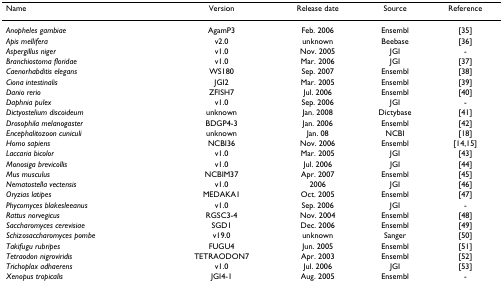
<table><thead><tr><td><b>Name</b></td><td><b>Version</b></td><td><b>Release date</b></td><td><b>Source</b></td><td><b>Reference</b></td></tr></thead><tbody><tr><td><i>Anopheles gambiae</i></td><td>AgamP3</td><td>Feb. 2006</td><td>Ensembl</td><td>[35]</td></tr><tr><td><i>Apis mellifera</i></td><td>v2.0</td><td>unknown</td><td>Beebase</td><td>[36]</td></tr><tr><td><i>Aspergillus niger</i></td><td>v1.0</td><td>Nov. 2005</td><td>JGI</td><td>-</td></tr><tr><td><i>Branchiostoma floridae</i></td><td>v1.0</td><td>Mar. 2006</td><td>JGI</td><td>[37]</td></tr><tr><td><i>Caenorhabditis elegans</i></td><td>WS180</td><td>Sep. 2007</td><td>Ensembl</td><td>[38]</td></tr><tr><td><i>Ciona intestinalis</i></td><td>JGI2</td><td>Mar. 2005</td><td>Ensembl</td><td>[39]</td></tr><tr><td><i>Danio rerio</i></td><td>ZFISH7</td><td>Jul. 2006</td><td>Ensembl</td><td>[40]</td></tr><tr><td><i>Daphnia pulex</i></td><td>v1.0</td><td>Sep. 2006</td><td>JGI</td><td>-</td></tr><tr><td><i>Dictyostelium discoideum</i></td><td>unknown</td><td>Jan. 2008</td><td>Dictybase</td><td>[41]</td></tr><tr><td><i>Drosophila melanogaster</i></td><td>BDGP4-3</td><td>Jan. 2006</td><td>Ensembl</td><td>[42]</td></tr><tr><td><i>Encephalitozoon cuniculi</i></td><td>unknown</td><td>Jan. 08</td><td>NCBI</td><td>[18]</td></tr><tr><td><i>Homo sapiens</i></td><td>NCBI36</td><td>Nov. 2006</td><td>Ensembl</td><td>[14,15]</td></tr><tr><td><i>Laccaria bicolor</i></td><td>v1.0</td><td>Mar. 2005</td><td>JGI</td><td>[43]</td></tr><tr><td><i>Monosiga brevicollis</i></td><td>v1.0</td><td>Jul. 2006</td><td>JGI</td><td>[44]</td></tr><tr><td><i>Mus musculus</i></td><td>NCBIM37</td><td>Apr. 2007</td><td>Ensembl</td><td>[45]</td></tr><tr><td><i>Nematostella vectensis</i></td><td>v1.0</td><td>2006</td><td>JGI</td><td>[46]</td></tr><tr><td><i>Oryzias latipes</i></td><td>MEDAKA1</td><td>Oct. 2005</td><td>Ensembl</td><td>[47]</td></tr><tr><td><i>Phycomyces blakesleeanus</i></td><td>v1.0</td><td>Sep. 2006</td><td>JGI</td><td>-</td></tr><tr><td><i>Rattus norvegicus</i></td><td>RGSC3-4</td><td>Nov. 2004</td><td>Ensembl</td><td>[48]</td></tr><tr><td><i>Saccharomyces cerevisiae</i></td><td>SGD1</td><td>Dec. 2006</td><td>Ensembl</td><td>[49]</td></tr><tr><td><i>Schizosaccharomyces pombe</i></td><td>v19.0</td><td>unknown</td><td>Sanger</td><td>[50]</td></tr><tr><td><i>Takifugu rubripes</i></td><td>FUGU4</td><td>Jun. 2005</td><td>Ensembl</td><td>[51]</td></tr><tr><td><i>Tetraodon nigroviridis</i></td><td>TETRAODON7</td><td>Apr. 2003</td><td>Ensembl</td><td>[52]</td></tr><tr><td><i>Trichoplax adhaerens</i></td><td>v1.0</td><td>Jul. 2006</td><td>JGI</td><td>[53]</td></tr><tr><td><i>Xenopus tropicalis</i></td><td>JGI4-1</td><td>Aug. 2005</td><td>Ensembl</td><td>-</td></tr></tbody></table>